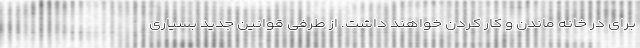
برای در خانه ماندن و کار کردن خواهند داشت. از طرفی قوانین جدید بسیاری